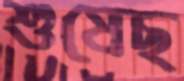
শুষেছ